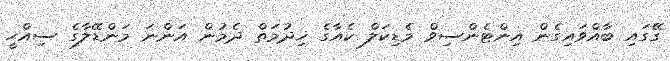
ގޭގައި ބާއްވައިގެން އިންޓެންސިވް މެޑިކަލް ކެއާގެ ޚިދުމަތް ދެމުން އަންނަ މަންޑޭލާގެ ސިއްހީ